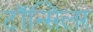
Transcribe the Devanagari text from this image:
टॉन्सिलर